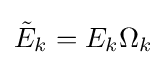
{\tilde {E}}_{k}=E_{k}\Omega _{k}